Code of medical and sanitary regulations for the guidance of medical officers serving in the Madras Presidency - Volume I
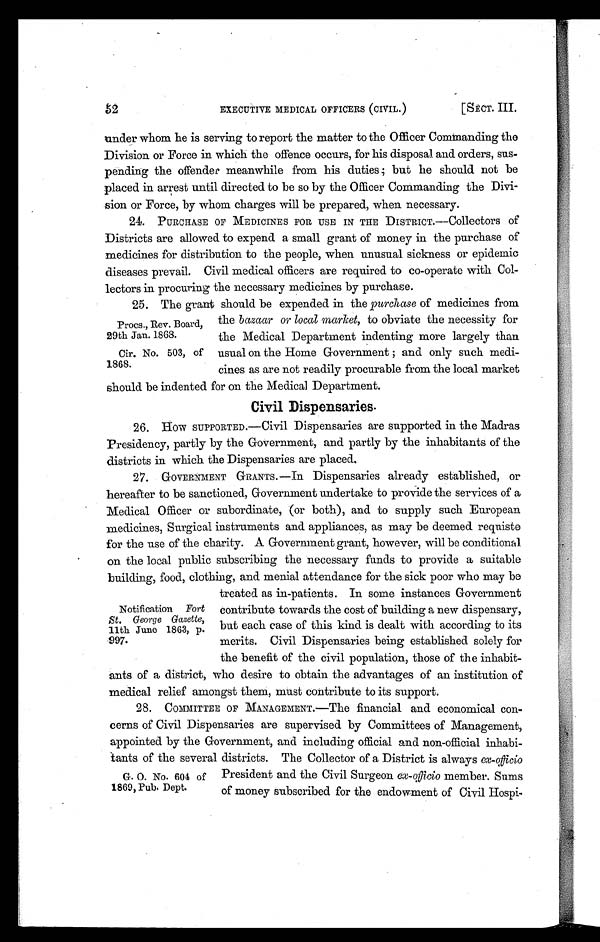
EXECUTIVE MEDICAL OFFICERS (CIVIL.)
[SECT. III.
under whom he is serving to report the matter to the Officer Commanding the
Division or Force in which the offence occurs, for his disposal and orders, sus-
pending the offender meanwhile from his duties; but he should not be
placed in arrest until directed to be so by the Officer Commanding the Divi-
sion or Force, by whom charges will be prepared, when necessary.
24. PURCHASE OF MEDICINES FOR USE IN THE DISTRICT.—Collectors of
Districts are allowed to expend a small grant of money in the purchase of
medicines for distribution to the people, when unusual sickness or epidemic
diseases prevail. Civil medical officers are required to co-operate with Col-
lectors in procuring the necessary medicines by purchase.
25. The grant should be expended in the purchase of medicines from
the bazaar or local market, to obviate the necessity for
the Medical Department indenting more largely than
usual on the Home Government ; and only such medi-
cines as are not readily procurable from the local market
should be indented for on the Medical Department.
Civil Dispensaries.
26. How SUPPORTED.—Civil Dispensaries are supported in the Madras
Presidency, partly by the Government, and partly by the inhabitants of the
districts in which the Dispensaries are placed.
27. GOVERNMENT GRANTS.—In Dispensaries already established, or
hereafter to be sanctioned, Government undertake to provide the services of a
Medical Officer or subordinate, (or both), and to supply such European
medicines, Surgical instruments and appliances, as may be deemed requiste
for the use of the charity. A Government grant, however, will be conditional
on the local public subscribing the necessary funds to provide a suitable
building, food, clothing, and menial attendance for the sick poor who may be
treated as in-patients. In some instances Government
contribute towards the cost of building a new dispensary,
but each case of this kind is dealt with according to its
merits. Civil Dispensaries being established solely for
the benefit of the civil population, those of the inhabit-
ants of a district, who desire to obtain the advantages of an institution of
medical relief amongst them, must contribute to its support.
28. COMMITTEE OF MANAGEMENT.—The financial and economical con-
cerns of Civil Dispensaries are supervised by Committees of Management,
appointed by the Government, and including official and non-official inhabi
tants of the several districts. The Collector of a District is always ex-officio
President and the Civil Surgeon ex-officio member. Sums
of money subscribed for the endowment of Civil Hospi-
Procs., Rev. Board,
29th Jan. 1868.
Cir. No. 503, of
1868.
Notification Fort
St. George Gazette,
11th June 1863, p.
997.
G. O. No. 604 of
1869, Pub. Dept.